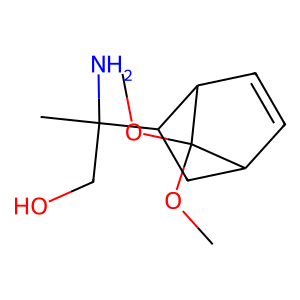
SMILES: COC1(OC)C2C=CC1C(C(C)(N)CO)C2
Inhibits HIV replication: No